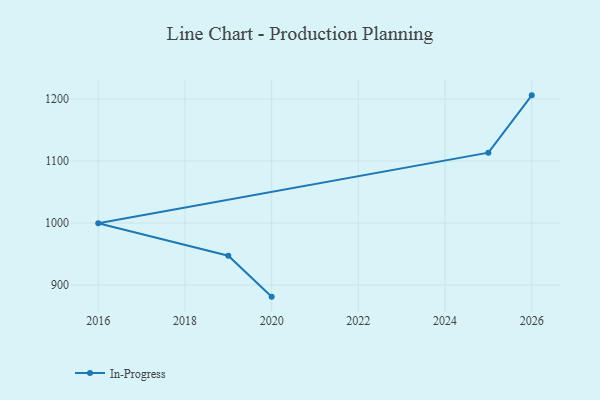
{"axis": {"x": "Year", "y": "Inventory Turnover"}, "legend": ["In-Progress"], "data": [{"x": "2020", "y": 881.3, "type": "In-Progress"}, {"x": "2019", "y": 947.2, "type": "In-Progress"}, {"x": "2016", "y": 999.8, "type": "In-Progress"}, {"x": "2025", "y": 1113.5, "type": "In-Progress"}, {"x": "2026", "y": 1205.9, "type": "In-Progress"}]}